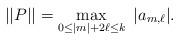
LaTeX: \begin{align*}||P|| = \max_{0\le |m| + 2\ell \le k}\ |a_{m,\ell}|.\end{align*}